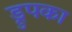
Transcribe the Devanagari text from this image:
ड्रुपका